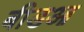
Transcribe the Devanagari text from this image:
बीडआ